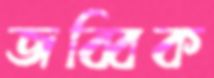
জব্বিক